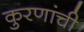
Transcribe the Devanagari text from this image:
कुरणांची